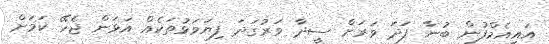
އައިއެމްފުން ބުނާ ފަދަ ވަރަށް ސީދާ ވަރުގަދަ ފިޔަވަޅުތަކެއް އަޅަން ޖެހޭ ކަމަށް